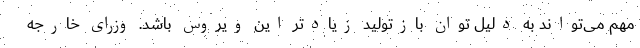
مهم می‌تواند به دلیل توان بازتولید زیادتر این ویروس باشد. وزرای خارجه